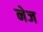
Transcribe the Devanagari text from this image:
नेज